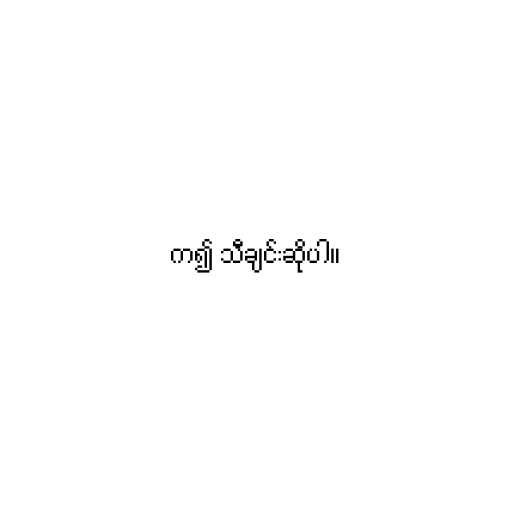
က၍ သီချင်းဆိုပါ။